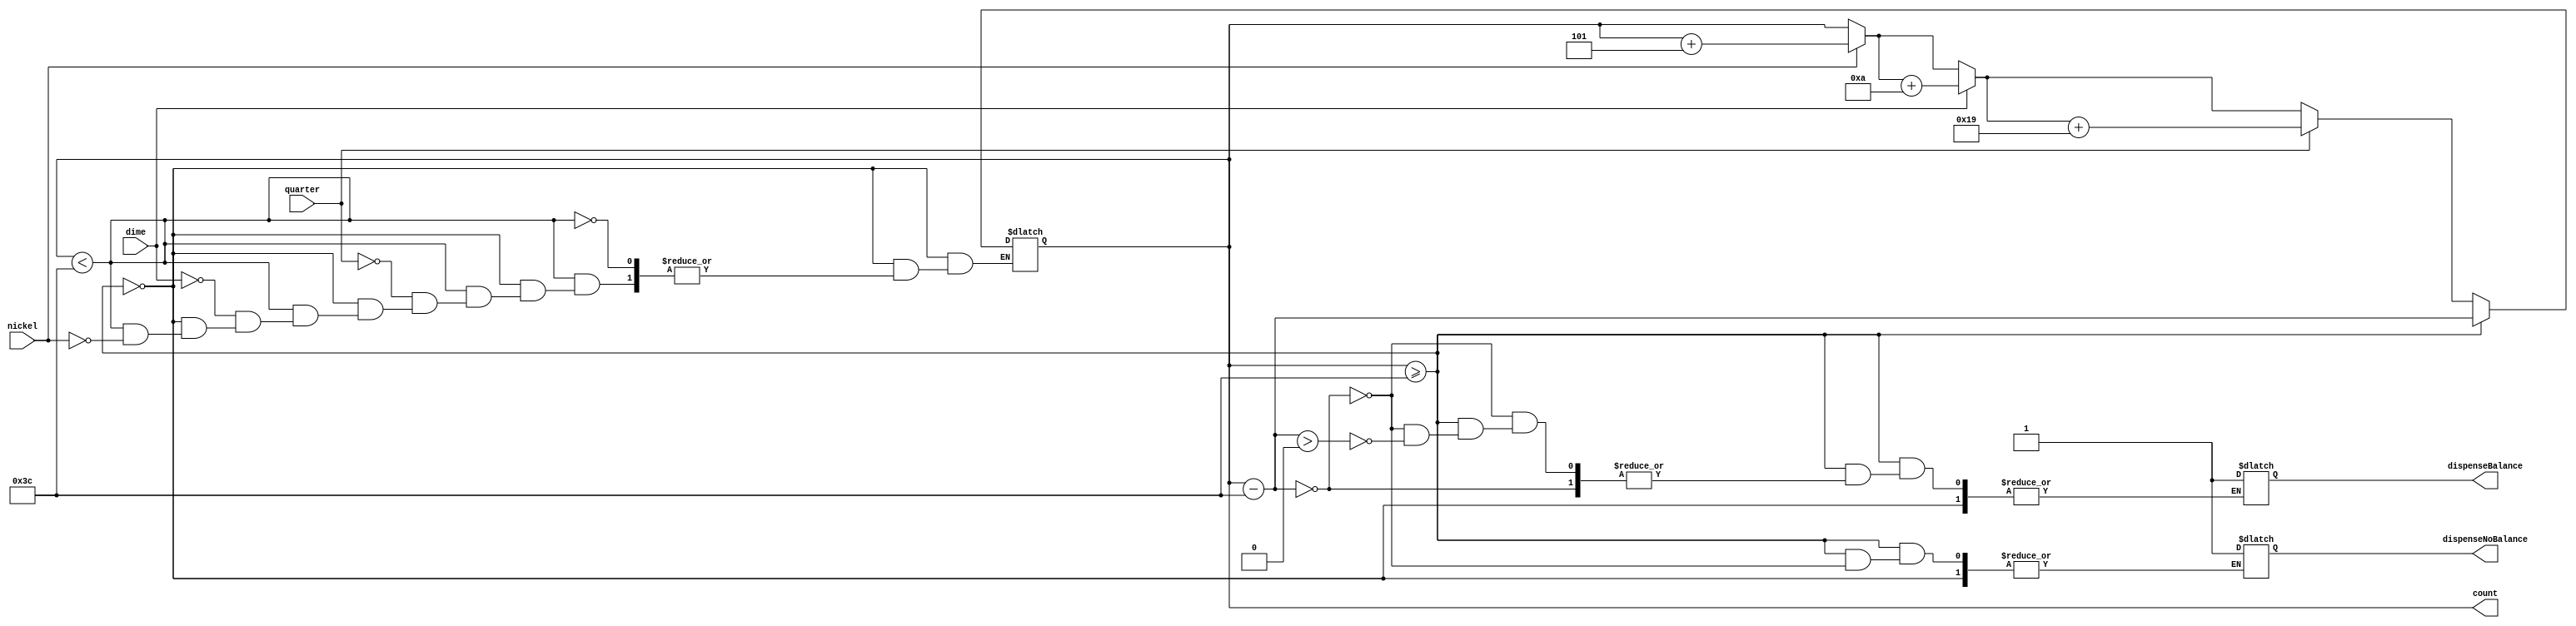
module CoinMachine(
	input nickel, dime, quarter,
    output dispenseNoBalance, dispenseBalance,
    output [7:0] count);

    reg [7:0] count;    //Track the total value inputted
    reg dispenseNoBalance, dispenseBalance; //Balance dispense
    wire nickel, dime, quarter;     //Inputs to increment the count by
    
    //Set all values to zero when initializing
    initial
    begin
        count = 8'b00000000;
        dispenseNoBalance = 1'b0;
        dispenseBalance = 1'b0;
    end
    
    //If an input is triggered, perform this loop
    always @ (nickel or dime or quarter)
    begin
        if (count >= 8'b00111100)   //If the value of the total count is greater than 60
        begin
            count = count - 8'b00111100;    //Subtract 60 from the total count
                if (count == 1'b0)  //Determine if there is a remainding balance
                begin
                    dispenseNoBalance = 1'b1;   //No remaining balance after dispense
               end
                else if (count > 1'b0)
                begin
                    dispenseBalance = 1'b1; //Remaining balance after dispense
               end
        end
        else if (count < 8'b00111100)   //If total count is less than 60, allow more increments
        begin
            if (nickel == 1'b1)
            begin
                count = count + 8'b00000101;    //5
            end
            if (dime == 1'b1)
            begin
                count = count + 8'b00001010;    //10
            end
            if (quarter == 1'b1)
            begin
                count = count + 8'b00011001;    //25
            end
        end
    end  
endmodule